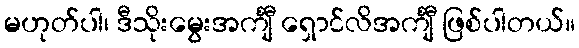
မဟုတ်ပါ၊ ဒီသိုးမွေးအင်္ကျီ ရှောင်လိအင်္ကျီ ဖြစ်ပါတယ်။